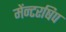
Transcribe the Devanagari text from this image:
मेंन्टरषिप